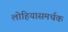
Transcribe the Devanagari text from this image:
लोहियासमर्थक